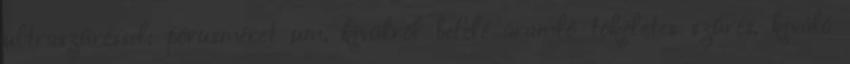
ultraszűréssel: pórusméret µm, kívülről befelé áramló tökéletes szűrés, kiváló